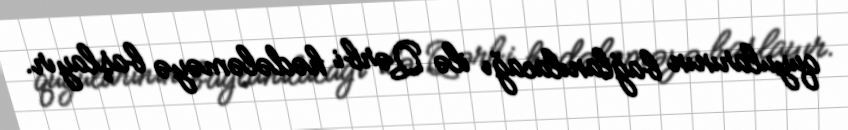
quyularının bağlanılacağı ilə Qərbi hədələməyə başlayır.